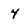
Character: 4